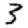
Digit: 3